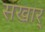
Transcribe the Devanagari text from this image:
सखार्